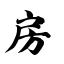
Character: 房